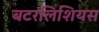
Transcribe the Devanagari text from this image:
बटरलिशियस